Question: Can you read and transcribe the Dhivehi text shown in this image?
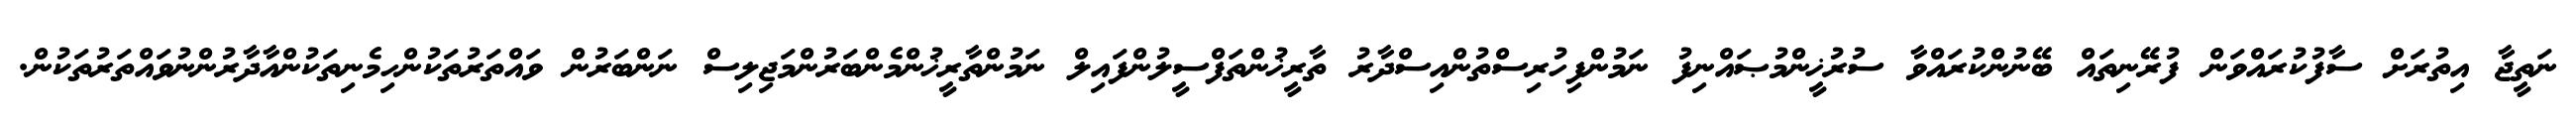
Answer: ނަތީޖާ އިތުރަށް ސާފުކުރައްވަން ފުރޭނިތައް ބޭނުންކުރައްވާ ސުރުޚީންމުޞައްނިފު ނަމުންފިހުރިސްތުންއިސްދާރު ތާރީޚުންތަފްސީލުންފައިލް ނަމުންތާރީޚުންމެންބަރުންމަޖިލިސް ނަންބަރުން ވައްތަރުތަކުންހިމެނިތަކުންއާދާރުންނުވައްތަރުތަކުން.